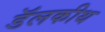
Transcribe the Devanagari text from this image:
डॅलकीथ